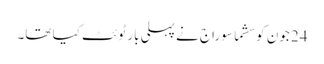
24 جون کو سشما سوراج نے پہلی بار ٹوئٹ کیا تھا۔